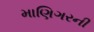
માણિગરની